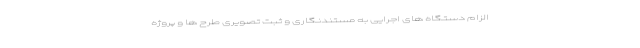
الزام دستگاه های اجرایی به مستندنگاری و ثبت تصویری طرح ها و پروژه